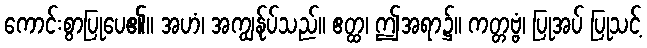
ကောင်းစွာပြုပေ၏။ အဟံ၊ အကျွန်ုပ်သည်။ ဧတ္ထ၊ ဤအရာ၌။ ကတ္တဗ္ဗံ၊ ပြုအပ် ပြုသင့်